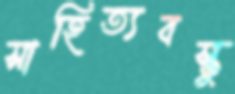
সাহিত্যবস্তু